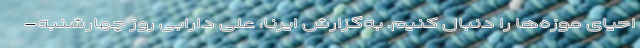
احیای موزه‌ها را دنبال کنیم. به‌گزارش ایرنا، علی دارابی روز چهارشنبه-